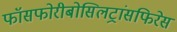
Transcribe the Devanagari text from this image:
फॉसफोरीबोसिलट्रांसफिरेस